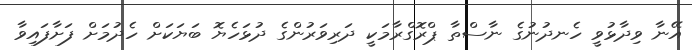
އޭނާ ވިދާޅުވީ ހެނދުނުގެ ނާސްތާ ޕްރޮގްރާމަކީ ދަރިވަރުންގެ ދުޅަހެޔޮ ބަޔަކަށް ހެދުމަށް ފަށާފައިވާ